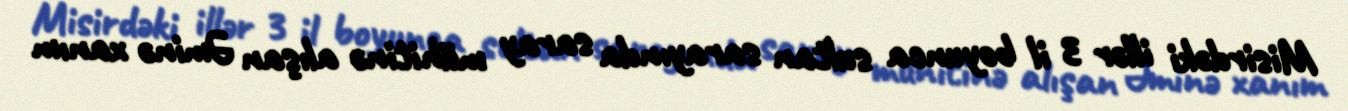
Misirdəki illər 3 il boyunca sultan sarayında saray mühitinə alışan Əminə xanım